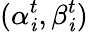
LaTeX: (\alpha_{\mathit{i}}^{t},\beta_{\mathit{i}}^{t})